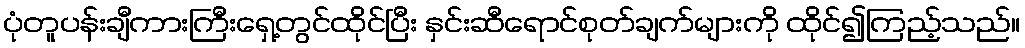
ပုံတူပန်းချီကားကြီးရှေ့တွင်ထိုင်ပြီး နှင်းဆီရောင်စုတ်ချက်များကို ထိုင်၍ကြည့်သည်။